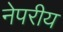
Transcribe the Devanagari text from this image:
नेपरीय